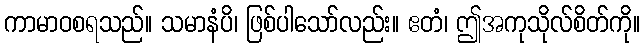
ကာမာဝစရသည်။ သမာနံပိ၊ ဖြစ်ပါသော်လည်း။ ဧတံ၊ ဤအကုသိုလ်စိတ်ကို။